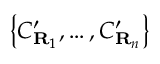
\left\{ C _ { \mathbf { R } _ { 1 } } ^ { \prime } , \ldots , C _ { \mathbf { R } _ { n } } ^ { \prime } \right\}